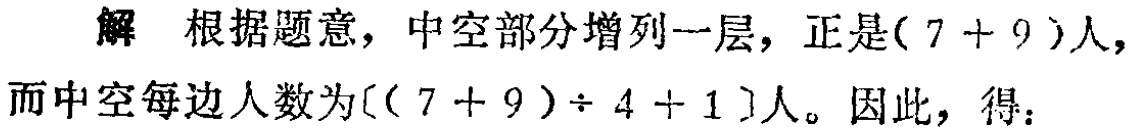
解 根据题意，中空部分增列一层，正是\((7 + 9)\)人，而中空每边人数为\([(7 + 9)\div 4 + 1]\)人。因此，得：